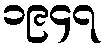
၁၉၄၇